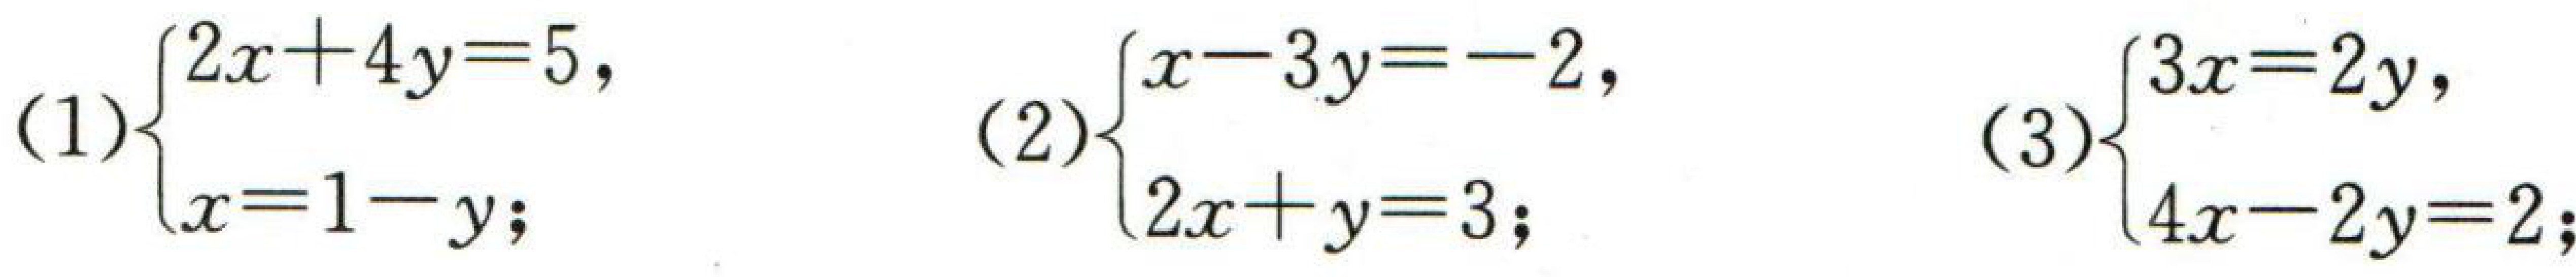
(1)$\begin{cases}2x + 4y = 5,\\x = 1 - y;\end{cases}$ (2)$\begin{cases}x - 3y = - 2,\\2x + y = 3;\end{cases}$ (3)$\begin{cases}3x = 2y,\\4x - 2y = 2;\end{cases}$